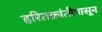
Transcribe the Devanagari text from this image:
हरितक्रांतीपासून